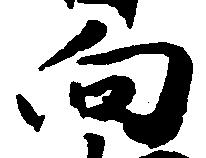
向